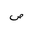
Letter: _sad